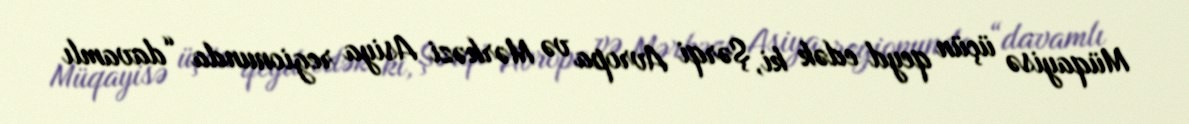
Müqayisə üçün qeyd edək ki, Şərqi Avropa və Mərkəzi Asiya regionunda “davamlı